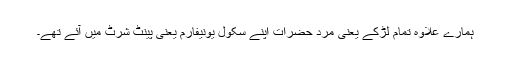
ہمارے علاوہ تمام لڑکے یعنی مرد حضرات اپنے سکول یونیفارم یعنی پینٹ شرٹ میں آئے تھے۔